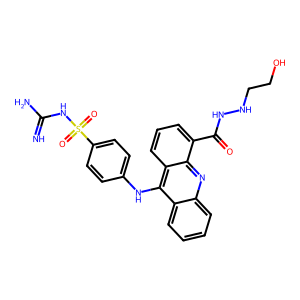
SMILES: N=C(N)NS(=O)(=O)c1ccc(Nc2c3ccccc3nc3c(C(=O)NNCCO)cccc23)cc1
Inhibits HIV replication: No